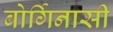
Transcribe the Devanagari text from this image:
बोर्गिनासी